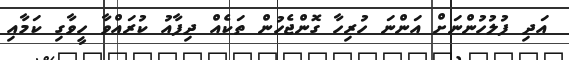
އަދި ފުލުހުންނަށް އަންނަ ހުރިހާ ގޮންޖެހުން ތަކެއް ދިފާއު ކުރައްވާ ހީވާގި ކަމާއި